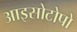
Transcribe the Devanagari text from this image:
आइसोटोपो